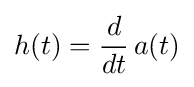
h(t)={\frac {d}{dt}}\,a(t)